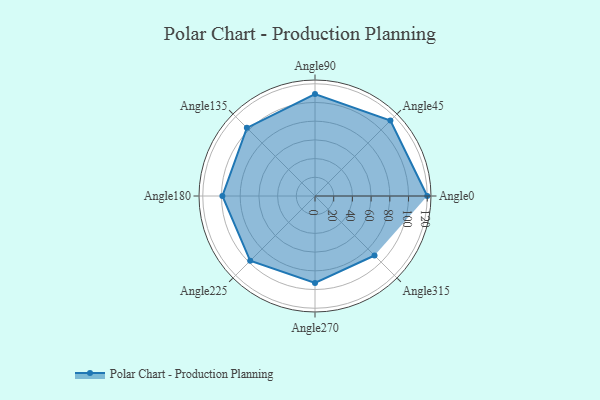
{"axis": {"x": "Angle", "y": "Radius"}, "legend": [""], "data": [{"x": "Angle0", "y": 120.0, "type": ""}, {"x": "Angle45", "y": 114.0, "type": ""}, {"x": "Angle90", "y": 109.0, "type": ""}, {"x": "Angle135", "y": 103.0, "type": ""}, {"x": "Angle180", "y": 99.0, "type": ""}, {"x": "Angle225", "y": 98.0, "type": ""}, {"x": "Angle270", "y": 93.0, "type": ""}, {"x": "Angle315", "y": 90.0, "type": ""}]}